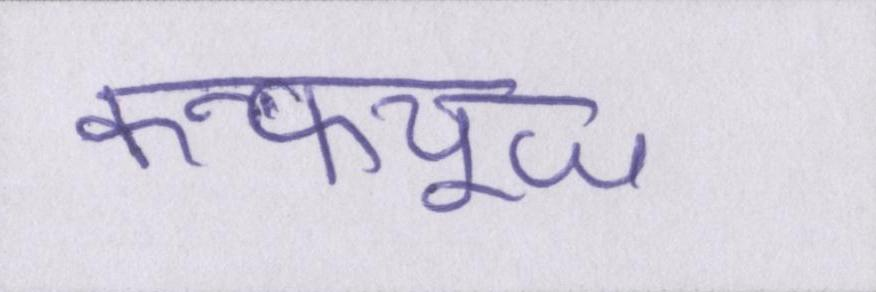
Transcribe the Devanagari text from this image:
कन्फ्यूज